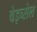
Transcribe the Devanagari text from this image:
वेइच्सेल